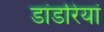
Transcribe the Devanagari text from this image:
डांडरियां